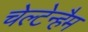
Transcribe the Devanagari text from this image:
चेल्टेन्हैम